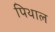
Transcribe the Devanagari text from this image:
पिथाल